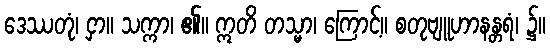
ဒေဿတုံ၊ ငှာ။ သက္ကာ၊ ၏။ ဣတိ တသ္မာ၊ ကြောင့်။ စတုဗျူဟာနန္တရံ၊ ၌။